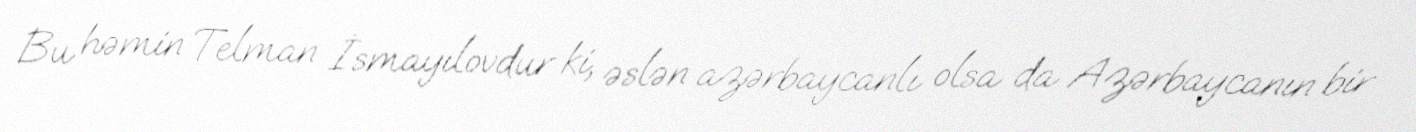
Bu həmin Telman İsmayılovdur ki, əslən azərbaycanlı olsa da Azərbaycanın bir